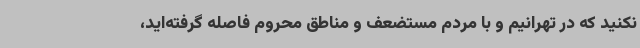
نکنید که در تهرانیم و با مردم مستضعف و مناطق محروم فاصله گرفته‌اید،